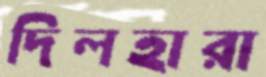
দিলহারা